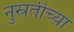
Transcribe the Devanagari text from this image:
नुस्रतीच्या